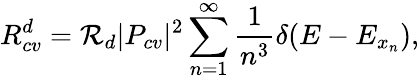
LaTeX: R_{cv}^{d}=\mathcal{R}_{d}|P_{cv}|^{2}\sum_{n=1}^{\infty}\frac{1}{n^{3}}\delta(E-E_{x_{n}}),